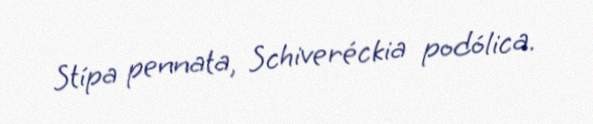
Stípa pennata, Schiveréckia podólica.